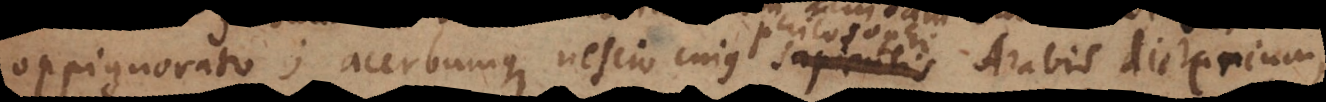
oppignorato; acerbumque nescio cujus sapientis Arabis dicterium,